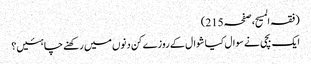
(فقہ المسیح، صفحہ215)
ایک بچی نے سوال کیا شوال کے روزے کن دنوں میں رکھنے چاہئیں؟